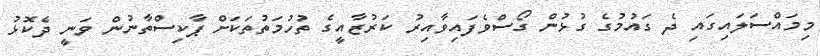
މިމައްސަލައިގައި ދެ ގައުމުގެ ގުޅުން ގޯސްވެފައިވާއިރު ކަރުޒާއީގެ ތުހުމަތުތަކަށް ޕާކިސްތާނުން ވަނީ ދެކޮޅު